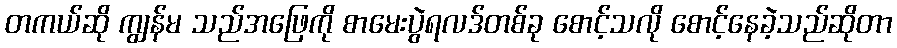
တကယ်ဆို ကျွန်မ သည်အဖြေကို စာမေးပွဲရလဒ်တစ်ခု စောင့်သလို စောင့်နေခဲ့သည်ဆိုတာ